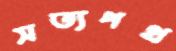
সত্যপথ